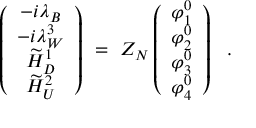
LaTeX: \left( \begin{array} { c } { { - i \lambda _ { B } } } \\ { { - i \lambda _ { W } ^ { 3 } } } \\ { { \widetilde { H } _ { D } ^ { 1 } } } \\ { { \widetilde { H } _ { U } ^ { 2 } } } \end{array} \right) \ = \ Z _ { N } \left( \begin{array} { c } { { \varphi _ { 1 } ^ { 0 } } } \\ { { \varphi _ { 2 } ^ { 0 } } } \\ { { \varphi _ { 3 } ^ { 0 } } } \\ { { \varphi _ { 4 } ^ { 0 } } } \end{array} \right) \ \ .